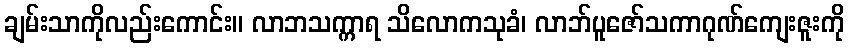
ချမ်းသာကိုလည်းကောင်း။ လာဘသက္ကာရ သိလောကသုခံ၊ လာဘ်ပူဇော်သကာဂုဏ်ကျေးဇူးကို